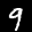
Label: 9